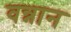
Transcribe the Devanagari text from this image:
वन्नान